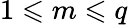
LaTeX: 1\leqslant m\leqslant q